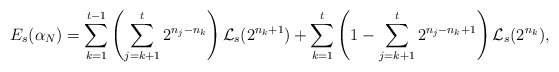
\begin{align*}E_{s}(\alpha_{N})=\sum_{k=1}^{t-1}\left(\sum_{j=k+1}^{t} 2^{n_{j}-n_{k}}\right)\mathcal{L}_{s}(2^{n_{k}+1})+\sum_{k=1}^{t}\left(1-\sum_{j=k+1}^{t} 2^{n_{j}-n_{k}+1}\right)\mathcal{L}_{s}(2^{n_{k}}),\end{align*}